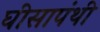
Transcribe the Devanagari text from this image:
घीसापंथी